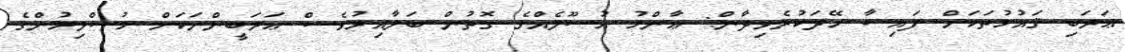
ޢަރަބި ޤައުމުތަކަށް ފައިސާ ހޭދަކުރެވިދާން: ޢާންމު އުސޫލެއްގެ ގޮތުން ބަލާއިރުވެސް ޢަރަބީންނަކަށް މުސްލިމުންގެ